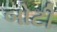
બોટી